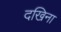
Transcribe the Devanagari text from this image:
दखिना